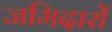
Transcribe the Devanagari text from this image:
जमिदारों